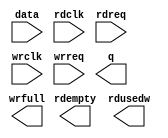
// megafunction wizard: %FIFO%VBB%
// GENERATION: STANDARD
// VERSION: WM1.0
// MODULE: dcfifo 

// ============================================================
// Megafunction Name(s):
// 			dcfifo
//
// Simulation Library Files(s):
// 			altera_mf
// ============================================================
// ************************************************************
// THIS IS A WIZARD-GENERATED FILE. DO NOT EDIT THIS FILE!
//
// 21.1.0 Build 842 10/21/2021 SJ Lite Edition
// ************************************************************

//Copyright (C) 2021  Intel Corporation. All rights reserved.
//Your use of Intel Corporation's design tools, logic functions 
//and other software and tools, and any partner logic 
//functions, and any output files from any of the foregoing 
//(including device programming or simulation files), and any 
//associated documentation or information are expressly subject 
//to the terms and conditions of the Intel Program License 
//Subscription Agreement, the Intel Quartus Prime License Agreement,
//the Intel FPGA IP License Agreement, or other applicable license
//agreement, including, without limitation, that your use is for
//the sole purpose of programming logic devices manufactured by
//Intel and sold by Intel or its authorized distributors.  Please
//refer to the applicable agreement for further details, at
//https://fpgasoftware.intel.com/eula.

module HDMI_fifo (
	data,
	rdclk,
	rdreq,
	wrclk,
	wrreq,
	q,
	rdempty,
	rdusedw,
	wrfull);

	input	[15:0]  data;
	input	  rdclk;
	input	  rdreq;
	input	  wrclk;
	input	  wrreq;
	output	[15:0]  q;
	output	  rdempty;
	output	[8:0]  rdusedw;
	output	  wrfull;

endmodule

// ============================================================
// CNX file retrieval info
// ============================================================
// Retrieval info: PRIVATE: AlmostEmpty NUMERIC "0"
// Retrieval info: PRIVATE: AlmostEmptyThr NUMERIC "-1"
// Retrieval info: PRIVATE: AlmostFull NUMERIC "0"
// Retrieval info: PRIVATE: AlmostFullThr NUMERIC "-1"
// Retrieval info: PRIVATE: CLOCKS_ARE_SYNCHRONIZED NUMERIC "0"
// Retrieval info: PRIVATE: Clock NUMERIC "4"
// Retrieval info: PRIVATE: Depth NUMERIC "512"
// Retrieval info: PRIVATE: Empty NUMERIC "1"
// Retrieval info: PRIVATE: Full NUMERIC "1"
// Retrieval info: PRIVATE: INTENDED_DEVICE_FAMILY STRING "Cyclone IV E"
// Retrieval info: PRIVATE: LE_BasedFIFO NUMERIC "0"
// Retrieval info: PRIVATE: LegacyRREQ NUMERIC "1"
// Retrieval info: PRIVATE: MAX_DEPTH_BY_9 NUMERIC "0"
// Retrieval info: PRIVATE: OVERFLOW_CHECKING NUMERIC "0"
// Retrieval info: PRIVATE: Optimize NUMERIC "0"
// Retrieval info: PRIVATE: RAM_BLOCK_TYPE NUMERIC "0"
// Retrieval info: PRIVATE: SYNTH_WRAPPER_GEN_POSTFIX STRING "0"
// Retrieval info: PRIVATE: UNDERFLOW_CHECKING NUMERIC "0"
// Retrieval info: PRIVATE: UsedW NUMERIC "1"
// Retrieval info: PRIVATE: Width NUMERIC "16"
// Retrieval info: PRIVATE: dc_aclr NUMERIC "0"
// Retrieval info: PRIVATE: diff_widths NUMERIC "0"
// Retrieval info: PRIVATE: msb_usedw NUMERIC "0"
// Retrieval info: PRIVATE: output_width NUMERIC "16"
// Retrieval info: PRIVATE: rsEmpty NUMERIC "1"
// Retrieval info: PRIVATE: rsFull NUMERIC "0"
// Retrieval info: PRIVATE: rsUsedW NUMERIC "1"
// Retrieval info: PRIVATE: sc_aclr NUMERIC "0"
// Retrieval info: PRIVATE: sc_sclr NUMERIC "0"
// Retrieval info: PRIVATE: wsEmpty NUMERIC "0"
// Retrieval info: PRIVATE: wsFull NUMERIC "1"
// Retrieval info: PRIVATE: wsUsedW NUMERIC "0"
// Retrieval info: LIBRARY: altera_mf altera_mf.altera_mf_components.all
// Retrieval info: CONSTANT: INTENDED_DEVICE_FAMILY STRING "Cyclone IV E"
// Retrieval info: CONSTANT: LPM_NUMWORDS NUMERIC "512"
// Retrieval info: CONSTANT: LPM_SHOWAHEAD STRING "OFF"
// Retrieval info: CONSTANT: LPM_TYPE STRING "dcfifo"
// Retrieval info: CONSTANT: LPM_WIDTH NUMERIC "16"
// Retrieval info: CONSTANT: LPM_WIDTHU NUMERIC "9"
// Retrieval info: CONSTANT: OVERFLOW_CHECKING STRING "ON"
// Retrieval info: CONSTANT: RDSYNC_DELAYPIPE NUMERIC "4"
// Retrieval info: CONSTANT: UNDERFLOW_CHECKING STRING "ON"
// Retrieval info: CONSTANT: USE_EAB STRING "ON"
// Retrieval info: CONSTANT: WRSYNC_DELAYPIPE NUMERIC "4"
// Retrieval info: USED_PORT: data 0 0 16 0 INPUT NODEFVAL "data[15..0]"
// Retrieval info: USED_PORT: q 0 0 16 0 OUTPUT NODEFVAL "q[15..0]"
// Retrieval info: USED_PORT: rdclk 0 0 0 0 INPUT NODEFVAL "rdclk"
// Retrieval info: USED_PORT: rdempty 0 0 0 0 OUTPUT NODEFVAL "rdempty"
// Retrieval info: USED_PORT: rdreq 0 0 0 0 INPUT NODEFVAL "rdreq"
// Retrieval info: USED_PORT: rdusedw 0 0 9 0 OUTPUT NODEFVAL "rdusedw[8..0]"
// Retrieval info: USED_PORT: wrclk 0 0 0 0 INPUT NODEFVAL "wrclk"
// Retrieval info: USED_PORT: wrfull 0 0 0 0 OUTPUT NODEFVAL "wrfull"
// Retrieval info: USED_PORT: wrreq 0 0 0 0 INPUT NODEFVAL "wrreq"
// Retrieval info: CONNECT: @data 0 0 16 0 data 0 0 16 0
// Retrieval info: CONNECT: @rdclk 0 0 0 0 rdclk 0 0 0 0
// Retrieval info: CONNECT: @rdreq 0 0 0 0 rdreq 0 0 0 0
// Retrieval info: CONNECT: @wrclk 0 0 0 0 wrclk 0 0 0 0
// Retrieval info: CONNECT: @wrreq 0 0 0 0 wrreq 0 0 0 0
// Retrieval info: CONNECT: q 0 0 16 0 @q 0 0 16 0
// Retrieval info: CONNECT: rdempty 0 0 0 0 @rdempty 0 0 0 0
// Retrieval info: CONNECT: rdusedw 0 0 9 0 @rdusedw 0 0 9 0
// Retrieval info: CONNECT: wrfull 0 0 0 0 @wrfull 0 0 0 0
// Retrieval info: GEN_FILE: TYPE_NORMAL HDMI_fifo.v TRUE
// Retrieval info: GEN_FILE: TYPE_NORMAL HDMI_fifo.inc FALSE
// Retrieval info: GEN_FILE: TYPE_NORMAL HDMI_fifo.cmp FALSE
// Retrieval info: GEN_FILE: TYPE_NORMAL HDMI_fifo.bsf FALSE
// Retrieval info: GEN_FILE: TYPE_NORMAL HDMI_fifo_inst.v FALSE
// Retrieval info: GEN_FILE: TYPE_NORMAL HDMI_fifo_bb.v TRUE
// Retrieval info: LIB_FILE: altera_mf